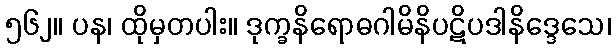
၅၆၂။ ပန၊ ထိုမှတပါး။ ဒုက္ခနိရောဓဂါမိနိပဋိပဒါနိဒ္ဒေသေ၊